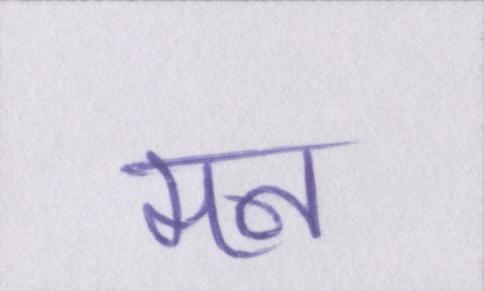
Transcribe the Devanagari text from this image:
मन